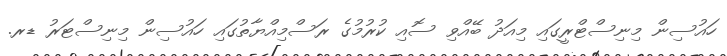
ހައުސިން މިނިސްޓްރީގައި މިއަދު ބޭއްވި ސޮއި ކުރުމުގެ ރަސްމިއްޔާތުގައި ހައުސިން މިނިސްޓަރު ޑރ.